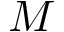
M